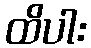
ထိပါး